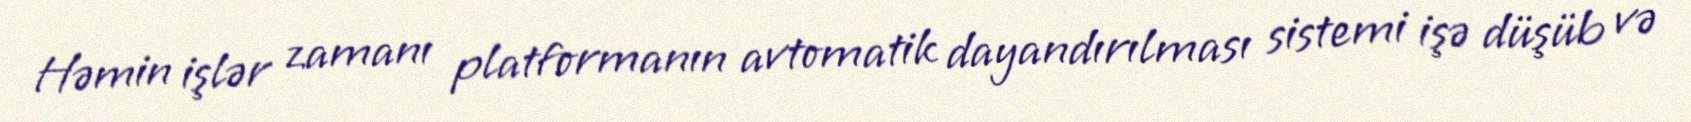
Həmin işlər zamanı platformanın avtomatik dayandırılması sistemi işə düşüb və